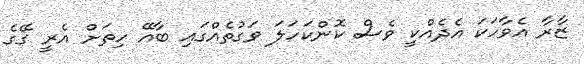
ޒާރާ އެވާހަކަ އެދެއްކީ ވެސް ކޮންކަހަލަ ވަގުތެއްގައި ބާއޭ ހިތަށް އެރީ ގޭގެ